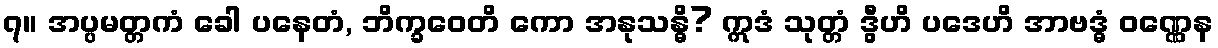
၇။ အပ္ပမတ္တကံ ခေါ ပနေတံ, ဘိက္ခဝေတိ ကော အနုသန္ဓိ? ဣဒံ သုတ္တံ ဒွီဟိ ပဒေဟိ အာဗဒ္ဓံ ဝဏ္ဏေန